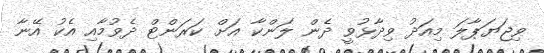
ވިޖަޔަޕާލަ މިއަދު ވިދާޅުވީ ދެން ލަންކާ އަށް ކަރަންޓް ދެވުމާއި އެކު އޭނާ